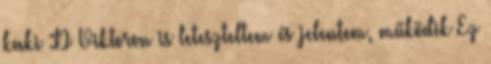
kaki :D Viktoron is leteszteltem és jelentem, működik Ez